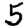
Digit: 5